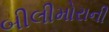
બીલીમોરાની